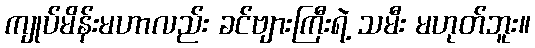
ကျုပ်မိန်းမဟာလည်း ခင်ဗျားကြီးရဲ့ သမီး မဟုတ်ဘူး။